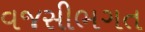
વજસીભગત